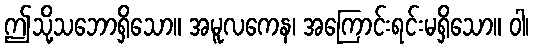
ဤသို့သဘောရှိသော။ အမူလကေန၊ အကြောင်းရင်းမရှိသော။ ဝါ၊